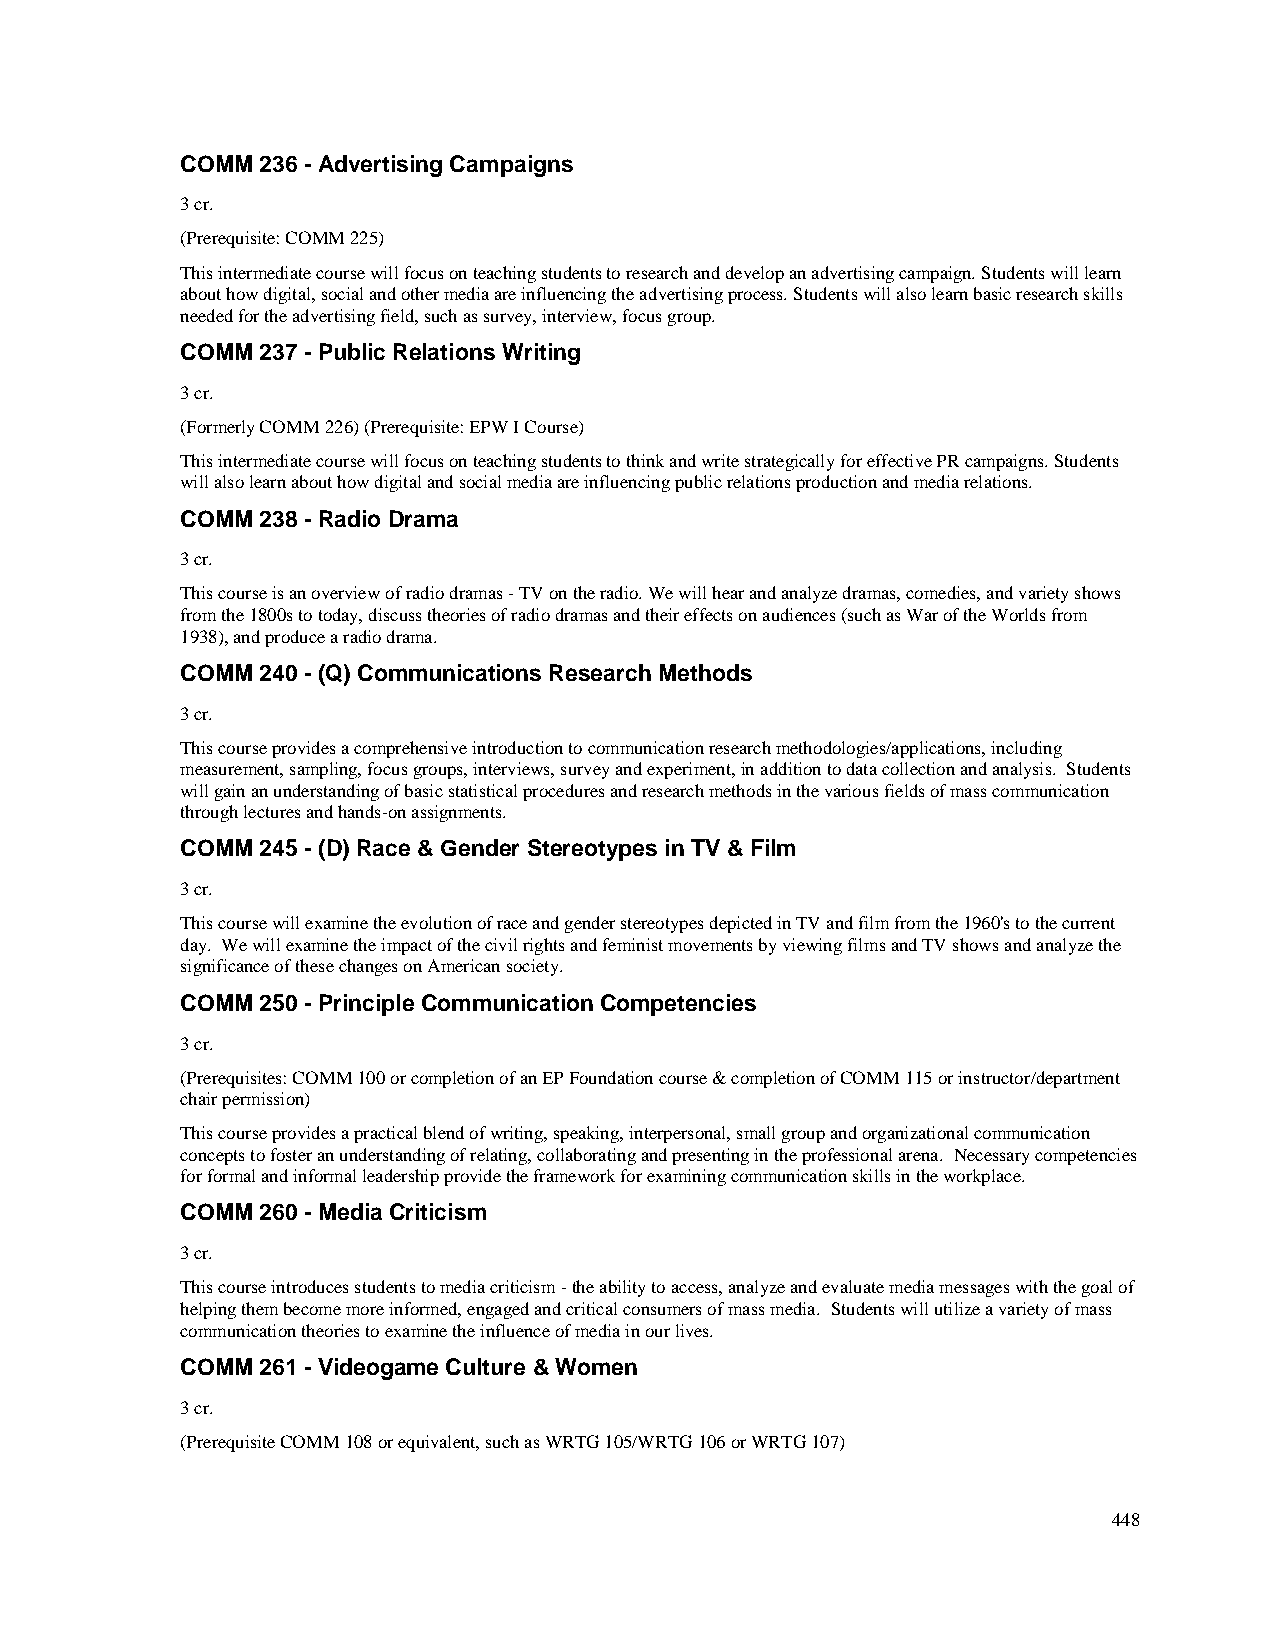
COMM 236 - Advertising Campaigns
 3 cr.
 (Prerequisite: COMM 225)
 This intermediate course will focus on teaching students to research and develop an advertising campaign. Students will learn
 about how digital, social and other media are influencing the advertising process. Students will also learn basic research skills
 needed for the advertising field, such as survey, interview, focus group.
 COMM 237 - Public Relations Writing
 3 cr.
 (Formerly COMM 226) (Prerequisite: EPW I Course)
 This intermediate course will focus on teaching students to think and write strategically for effective PR campaigns. Students
 will also learn about how digital and social media are influencing public relations production and media relations.
 COMM 238 - Radio Drama
 3 cr.
 This course is an overview of radio dramas - TV on the radio. We will hear and analyze dramas, comedies, and variety shows
 from the 1800s to today, discuss theories of radio dramas and their effects on audiences (such as War of the Worlds from
 1938), and produce a radio drama.
 COMM 240 - (Q) Communications Research Methods
 3 cr.
 This course provides a comprehensive introduction to communication research methodologies/applications, including
 measurement, sampling, focus groups, interviews, survey and experiment, in addition to data collection and analysis. Students
 will gain an understanding of basic statistical procedures and research methods in the various fields of mass communication
 through lectures and hands-on assignments.
 COMM 245 - (D) Race & Gender Stereotypes in TV & Film
 3 cr.
 This course will examine the evolution of race and gender stereotypes depicted in TV and film from the 1960's to the current
 day. We will examine the impact of the civil rights and feminist movements by viewing films and TV shows and analyze the
 significance of these changes on American society.
 COMM 250 - Principle Communication Competencies
 3 cr.
 (Prerequisites: COMM 100 or completion of an EP Foundation course & completion of COMM 115 or instructor/department
 chair permission)
 This course provides a practical blend of writing, speaking, interpersonal, small group and organizational communication
 concepts to foster an understanding of relating, collaborating and presenting in the professional arena. Necessary competencies
 for formal and informal leadership provide the framework for examining communication skills in the workplace.
 COMM 260 - Media Criticism
 3 cr.
 This course introduces students to media criticism - the ability to access, analyze and evaluate media messages with the goal of
 helping them become more informed, engaged and critical consumers of mass media. Students will utilize a variety of mass
 communication theories to examine the influence of media in our lives.
 COMM 261 - Videogame Culture & Women
 3 cr.
 (Prerequisite COMM 108 or equivalent, such as WRTG 105/WRTG 106 or WRTG 107)
 448